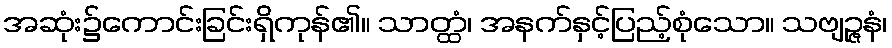
အဆုံး၌ကောင်းခြင်းရှိကုန်၏။ သာတ္ထံ၊ အနက်နှင့်ပြည့်စုံသော။ သဗျဉ္ဇနံ၊